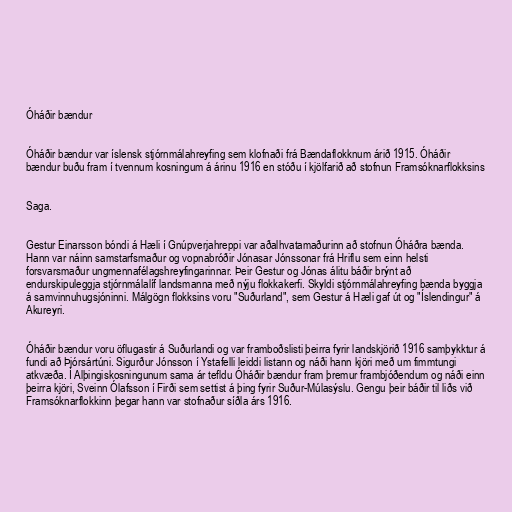
Óháðir bændur

Óháðir bændur var íslensk stjórnmálahreyfing sem klofnaði frá Bændaflokknum árið 1915. Óháðir
bændur buðu fram í tvennum kosningum á árinu 1916 en stóðu í kjölfarið að stofnun Framsóknarflokksins

Saga.

Gestur Einarsson bóndi á Hæli í Gnúpverjahreppi var aðalhvatamaðurinn að stofnun Óháðra bænda.
Hann var náinn samstarfsmaður og vopnabróðir Jónasar Jónssonar frá Hriflu sem einn helsti
forsvarsmaður ungmennafélagshreyfingarinnar. Þeir Gestur og Jónas álitu báðir brýnt að
endurskipuleggja stjórnmálalíf landsmanna með nýju flokkakerfi. Skyldi stjórnmálahreyfing bænda byggja
á samvinnuhugsjóninni. Málgögn flokksins voru "Suðurland", sem Gestur á Hæli gaf út og "Íslendingur" á
Akureyri.

Óháðir bændur voru öflugastir á Suðurlandi og var framboðslisti þeirra fyrir landskjörið 1916 samþykktur á
fundi að Þjórsártúni. Sigurður Jónsson í Ystafelli leiddi listann og náði hann kjöri með um fimmtungi
atkvæða. Í Alþingiskosningunum sama ár tefldu Óháðir bændur fram þremur frambjóðendum og náði einn
þeirra kjöri, Sveinn Ólafsson í Firði sem settist á þing fyrir Suður-Múlasýslu. Gengu þeir báðir til liðs við
Framsóknarflokkinn þegar hann var stofnaður síðla árs 1916.